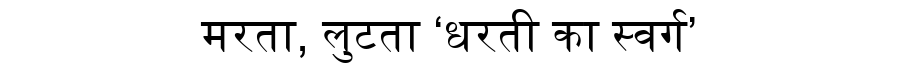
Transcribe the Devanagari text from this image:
मरता, लुटता ‘धरती का स्वर्ग’